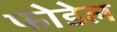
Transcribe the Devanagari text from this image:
फोडेल